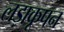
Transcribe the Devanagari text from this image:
लड़ाकूपन